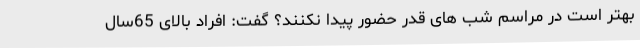
بهتر است در مراسم شب های قدر حضور پیدا نکنند؟ گفت: افراد بالای 65سال